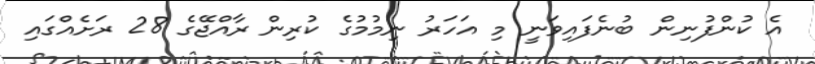
އެ ކުންފުނިން ބުނެފައިވަނީ މި އަހަރު ނިމުމުގެ ކުރިން ރާއްޖޭގެ 28 ރަށެއްގައި